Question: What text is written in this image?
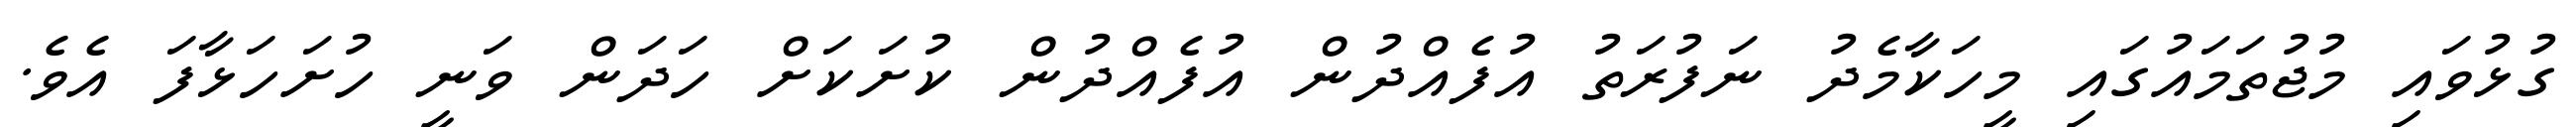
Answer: ގުޅުވައި މުޖުތަމައުގައި މީހަކާމެދު ނަފުރަތު އުފެއްދުން އުފެއްދުން ކުށަކަށް ހަދަން ވަނީ ހުށަހަޅާފަ އެވެ.